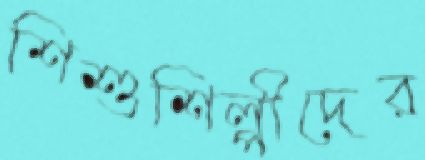
শিশুশিল্পীদের